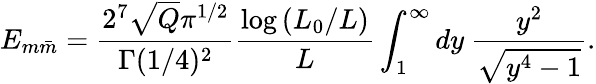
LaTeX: E_{m\bar{m}}={\frac{2^{7}\sqrt{Q}\pi^{1/2}}{\Gamma(1/4)^{2}}}{\frac{\log{(L_{0}/L)}}{L}}\int_{1}^{\infty}dy\ {\frac{y^{2}}{\sqrt{y^{4}-1}}}.